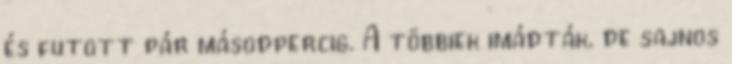
és futott pár másodpercig. A többiek imádták, de sajnos